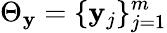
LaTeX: \Theta_{\mathbf{y}}=\{ \mathbf{y}_{j}\} _{j=1}^{m}